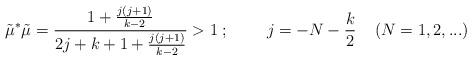
LaTeX: \begin{align*}\tilde{\mu}^*\tilde{\mu}=\frac{1+\frac{j(j+1)}{k-2}}{2j+k+1+\frac{j(j+1)}{k-2}}>1\;;\;\;\;\;\;\;\;\; j=-N-\frac{k}{2}\;\;\;\;(N={1,2,...})\end{align*}